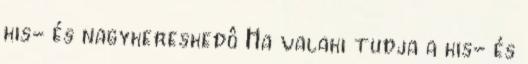
kis- és nagykereskedô Ha valaki tudja a kis- és